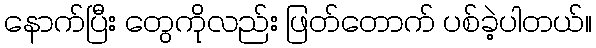
နောက်ပြီး တွေကိုလည်း ဖြတ်တောက် ပစ်ခဲ့ပါတယ်။